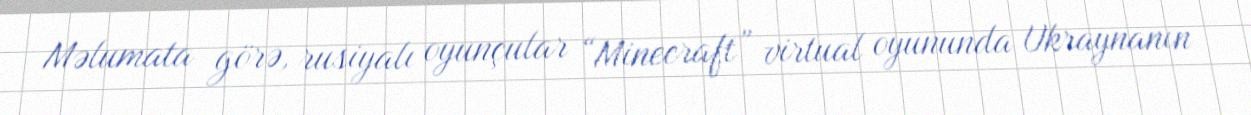
Məlumata görə, rusiyalı oyunçular “Minecraft” virtual oyununda Ukraynanın